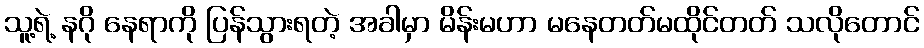
သူ့ရဲ့ နဂို နေရာကို ပြန်သွားရတဲ့ အခါမှာ မိန်းမဟာ မနေတတ်မထိုင်တတ် သလိုတောင်